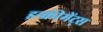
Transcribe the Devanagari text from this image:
इन्‍क्रीमेंट्‌स